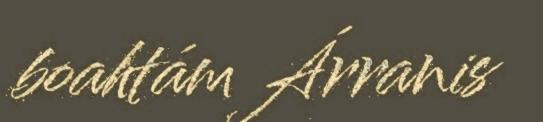
boahtám Árranis